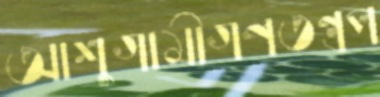
আশুগামীগণতন্ত্রপ